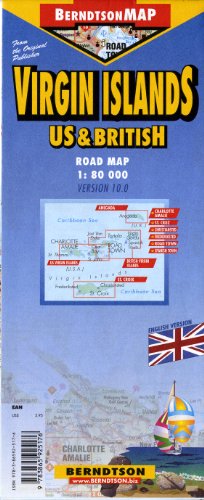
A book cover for Virgin Islands US & British Road Map; Travel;